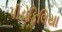
પીડોફિલિયા